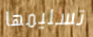
تسليمها